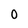
Character: 0